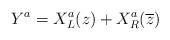
LaTeX: \begin{align*}Y^{a}=X^{a}_{L}(z)+X^{a}_{R}(\overline{z})\end{align*}